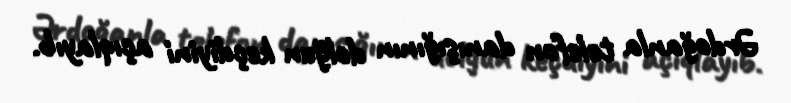
Ərdoğanla telefon danışığının dolğun keçdiyini açıqlayıb.